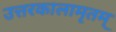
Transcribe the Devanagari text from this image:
उत्तरकालामृतम्